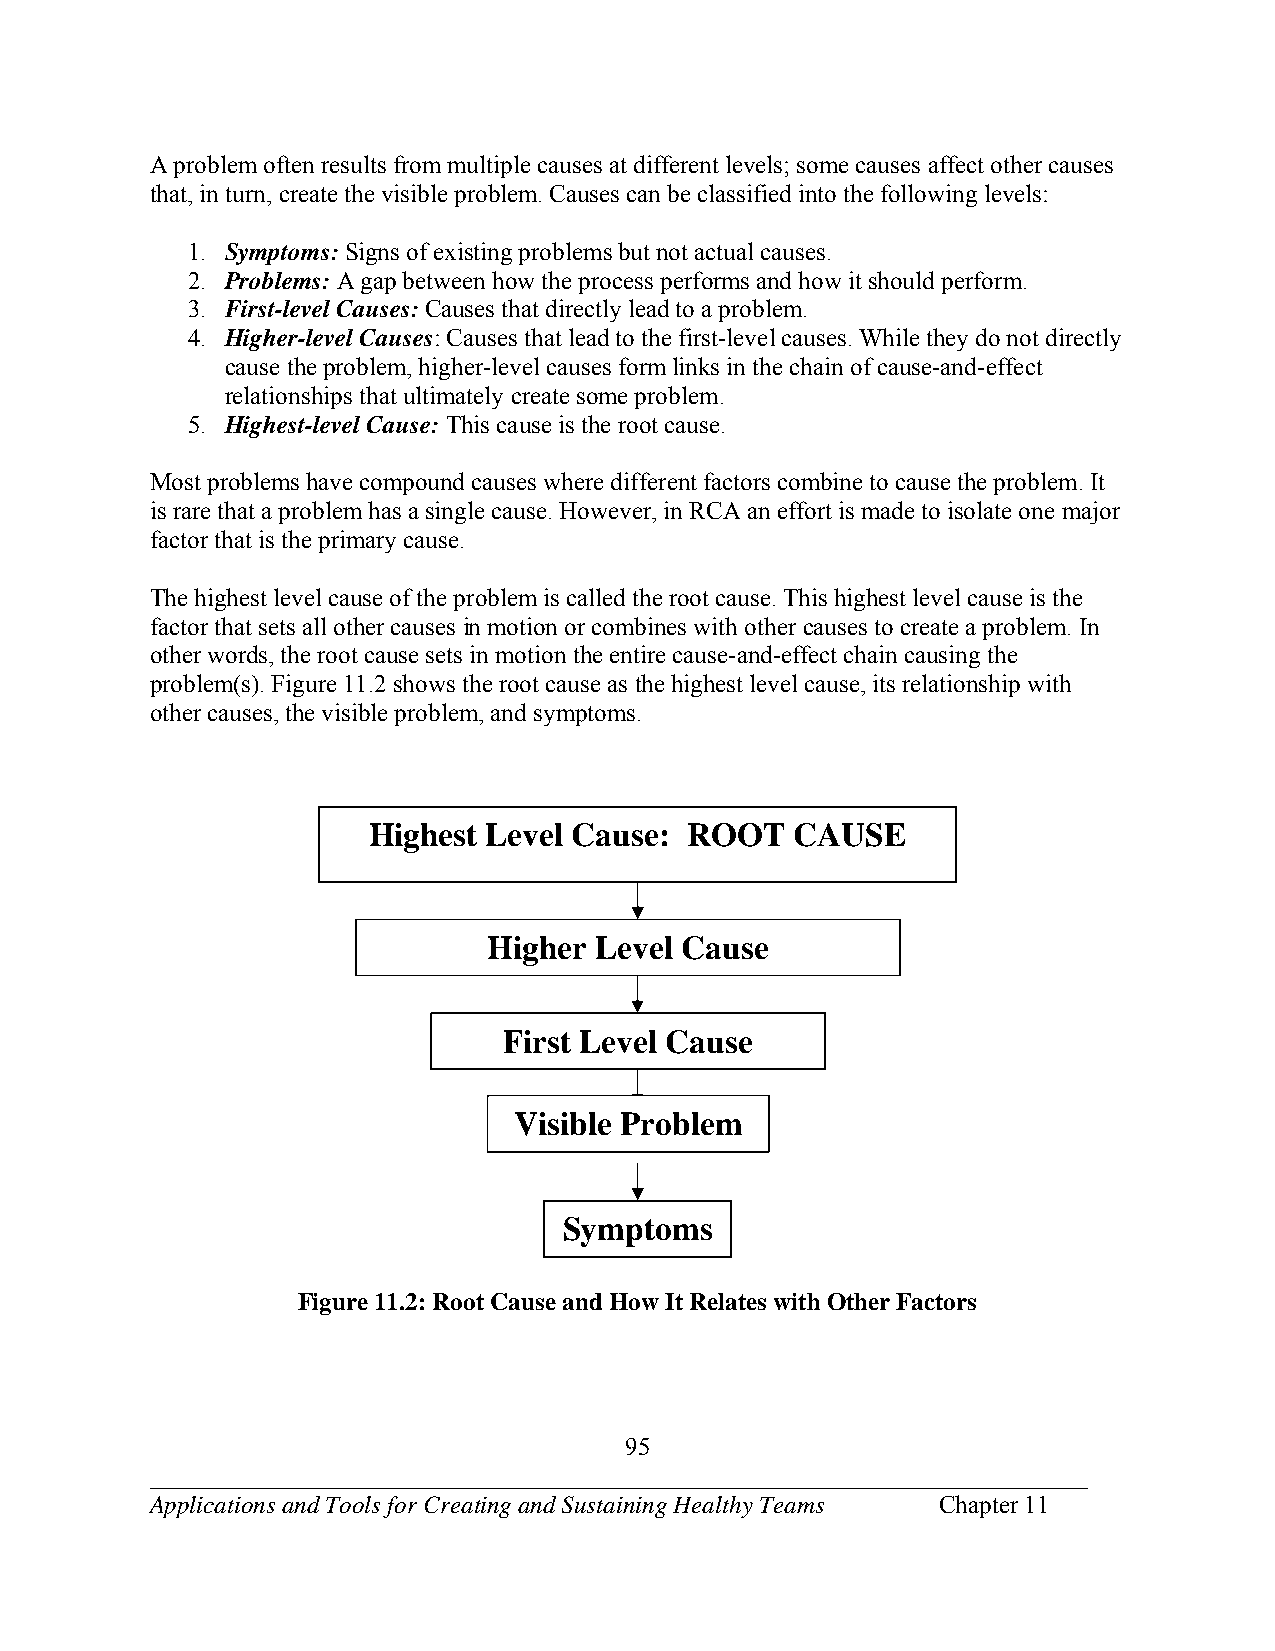
A problem often results from multiple causes at different levels; some causes affect other causes
 that, in turn, create the visible problem. Causes can be classified into the following levels:
 1. Symptoms: Signs of existing problems but not actual causes.
 2. Problems: A gap between how the process performs and how it should perform.
 3. First-level Causes: Causes that directly lead to a problem.
 4. Higher-level Causes: Causes that lead to the first-level causes. While they do not directly
 cause the problem, higher-level causes form links in the chain of cause-and-effect
 relationships that ultimately create some problem.
 5. Highest-level Cause: This cause is the root cause.
 Most problems have compound causes where different factors combine to cause the problem. It
 is rare that a problem has a single cause. However, in RCA an effort is made to isolate one major
 factor that is the primary cause.
 The highest level cause of the problem is called the root cause. This highest level cause is the
 factor that sets all other causes in motion or combines with other causes to create a problem. In
 other words, the root cause sets in motion the entire cause-and-effect chain causing the
 problem(s). Figure 11.2 shows the root cause as the highest level cause, its relationship with
 other causes, the visible problem, and symptoms.
 Highest Level Cause: ROOT    CAUSE
 Higher Level Cause
 First Level Cause
 Visible Problem
 Symptoms
 Figure 11.2: Root Cause and How It Relates with Other Factors
 95
 ___________________________________________________________________________
 Applications and Tools for Creating and Sustaining Healthy Teams Chapter 11